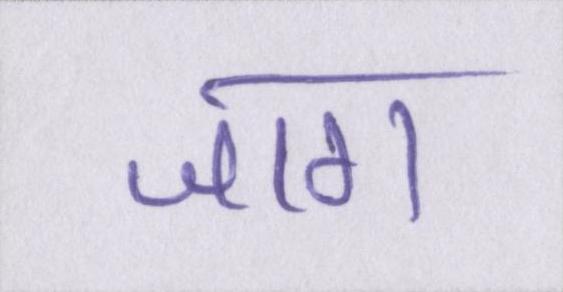
जाग